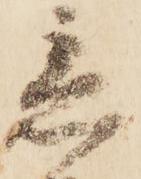
急